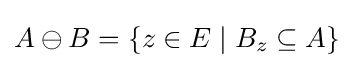
A\ominus B=\{z\in E\mid B_{z}\subseteq A\}